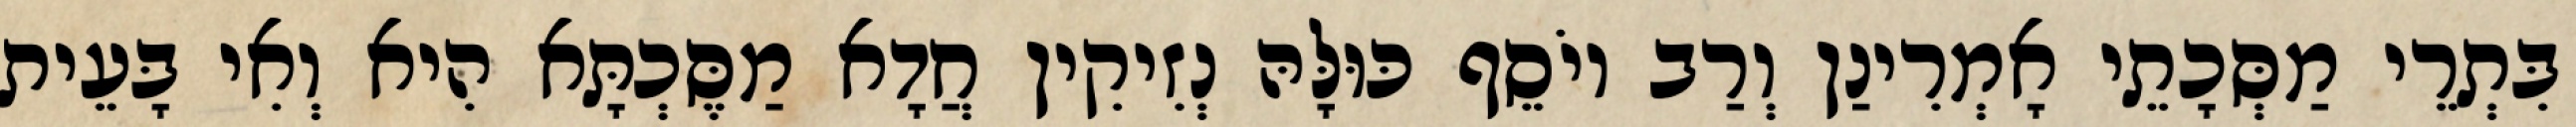
בִּתְרֵי מַסְּכָתֵי אָמְרִינַן וְרַב יוֹסֵף כּוּלָּהּ נְזִיקִין חֲדָא מַסֶּכְתָּא הִיא וְאִי בָּעֵית